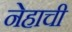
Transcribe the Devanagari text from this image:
नेहाची